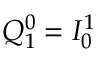
Q _ { 1 } ^ { 0 } = I _ { 0 } ^ { 1 }